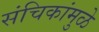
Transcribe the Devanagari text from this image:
संचिकांमुळे